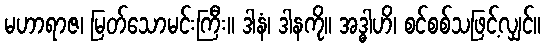
မဟာရာဇ၊ မြတ်သောမင်းကြီး။ ဒါနံ၊ ဒါနကို။ အဒ္ဓါဟိ၊ စင်စစ်သဖြင့်လျှင်။